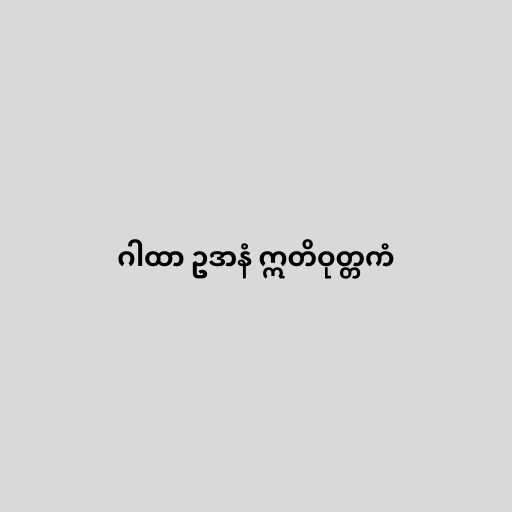
ဂါထာ ဥဒာနံ ဣတိဝုတ္တကံ